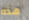
هذه